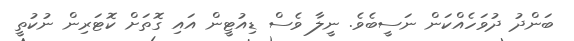
ބަންދު ދުވަހެއްކަން ނަސީބެވެ. ނީލާ ވެސް ޑިއުޓީން އައި ގޮތަށް ކޮޓަރިން ނުކުތީ